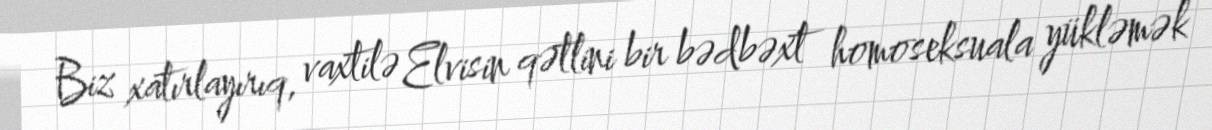
Biz xatırlayırıq, vaxtilə Elvisin qətlini bir bədbəxt homoseksuala yükləmək